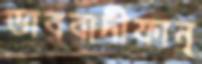
ভাববাদীফান্